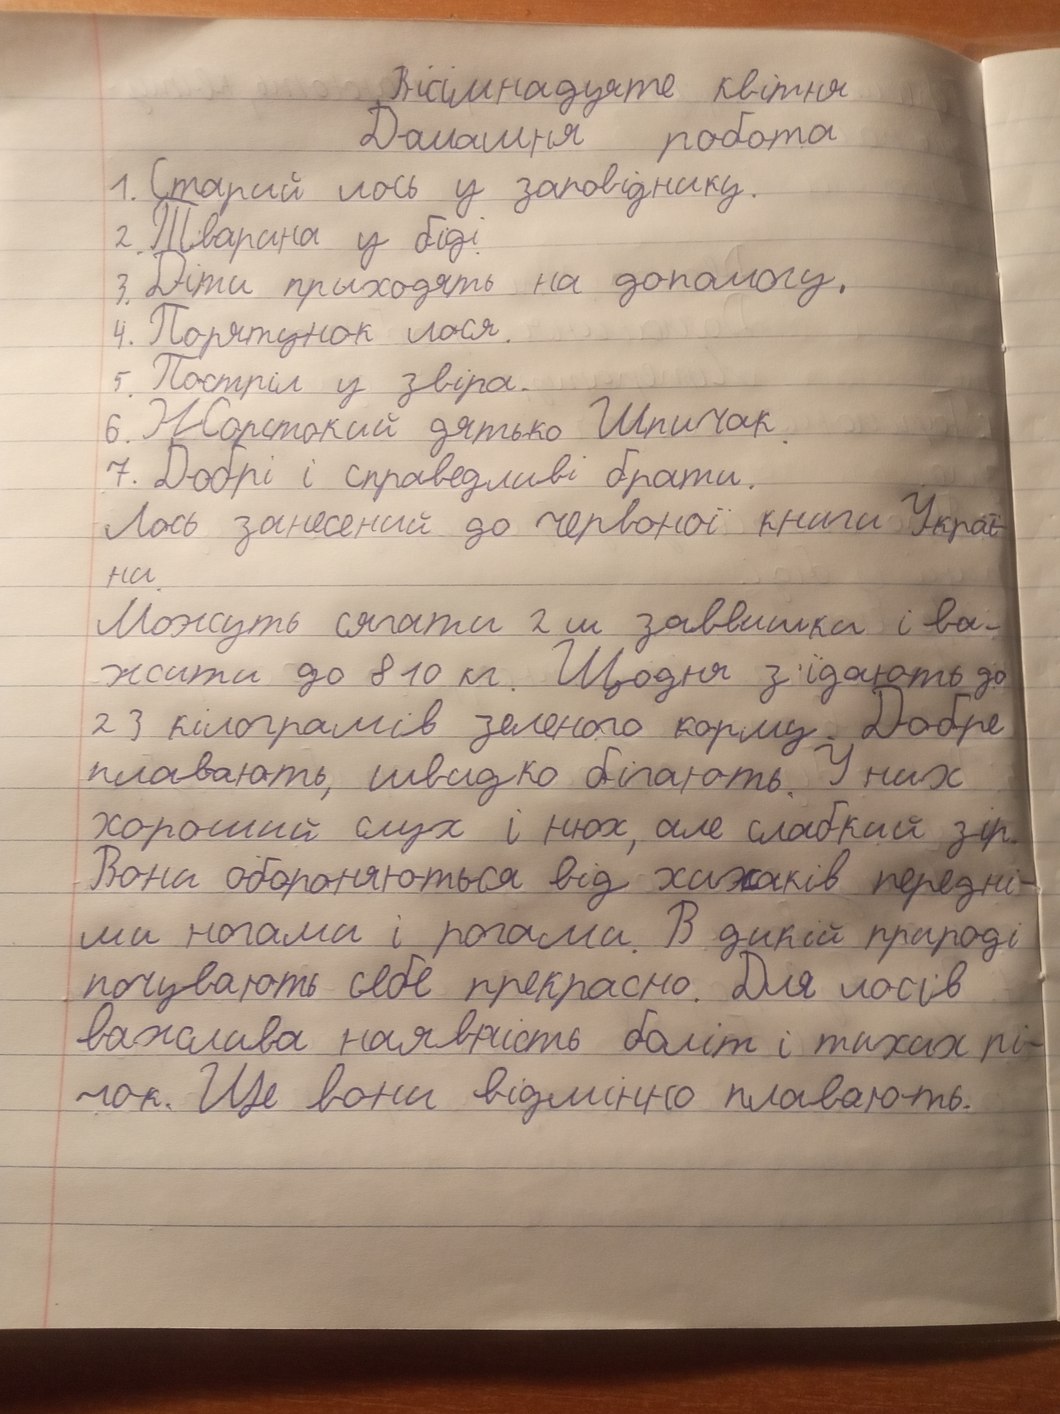
Вісімнадцяте квітня
Домашня робота
1. Старий лось у заповіднику.
2. Тварина у біді.
3. Діти приходять на допомогу.
4. Порятунок лося.
5. Постріл у звіра.
6. Жорстокий дятько Шпичак.
7. Добрі і справедливі брати.
Лось занесений до Червоної книги Украї-
ни
Можуть сягати 2 м заввишки і ва-
жити до 810 кг. Щодня з'їдають до
23 кілограмів зеленого корму. Добре
плавають, швидко бігають. У них
хороший слух і нюх, але слабкий зір.
Вони обороняються від хижаків передні-
ми ногами і рогами. В дикій природі
почувають себе прекрасно. Для лосів
важлива наявність боліт і тихих рі-
чок. Ще вони відмінно плавають.